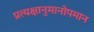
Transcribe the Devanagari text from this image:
प्रत्यक्षानुमानोपमान